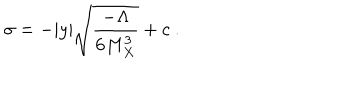
\sigma = - | y | \sqrt { { \frac { - { \Lambda } } { \displaystyle { 6 M _ { X } ^ { 3 } } } } } + c ~ . ~ \,